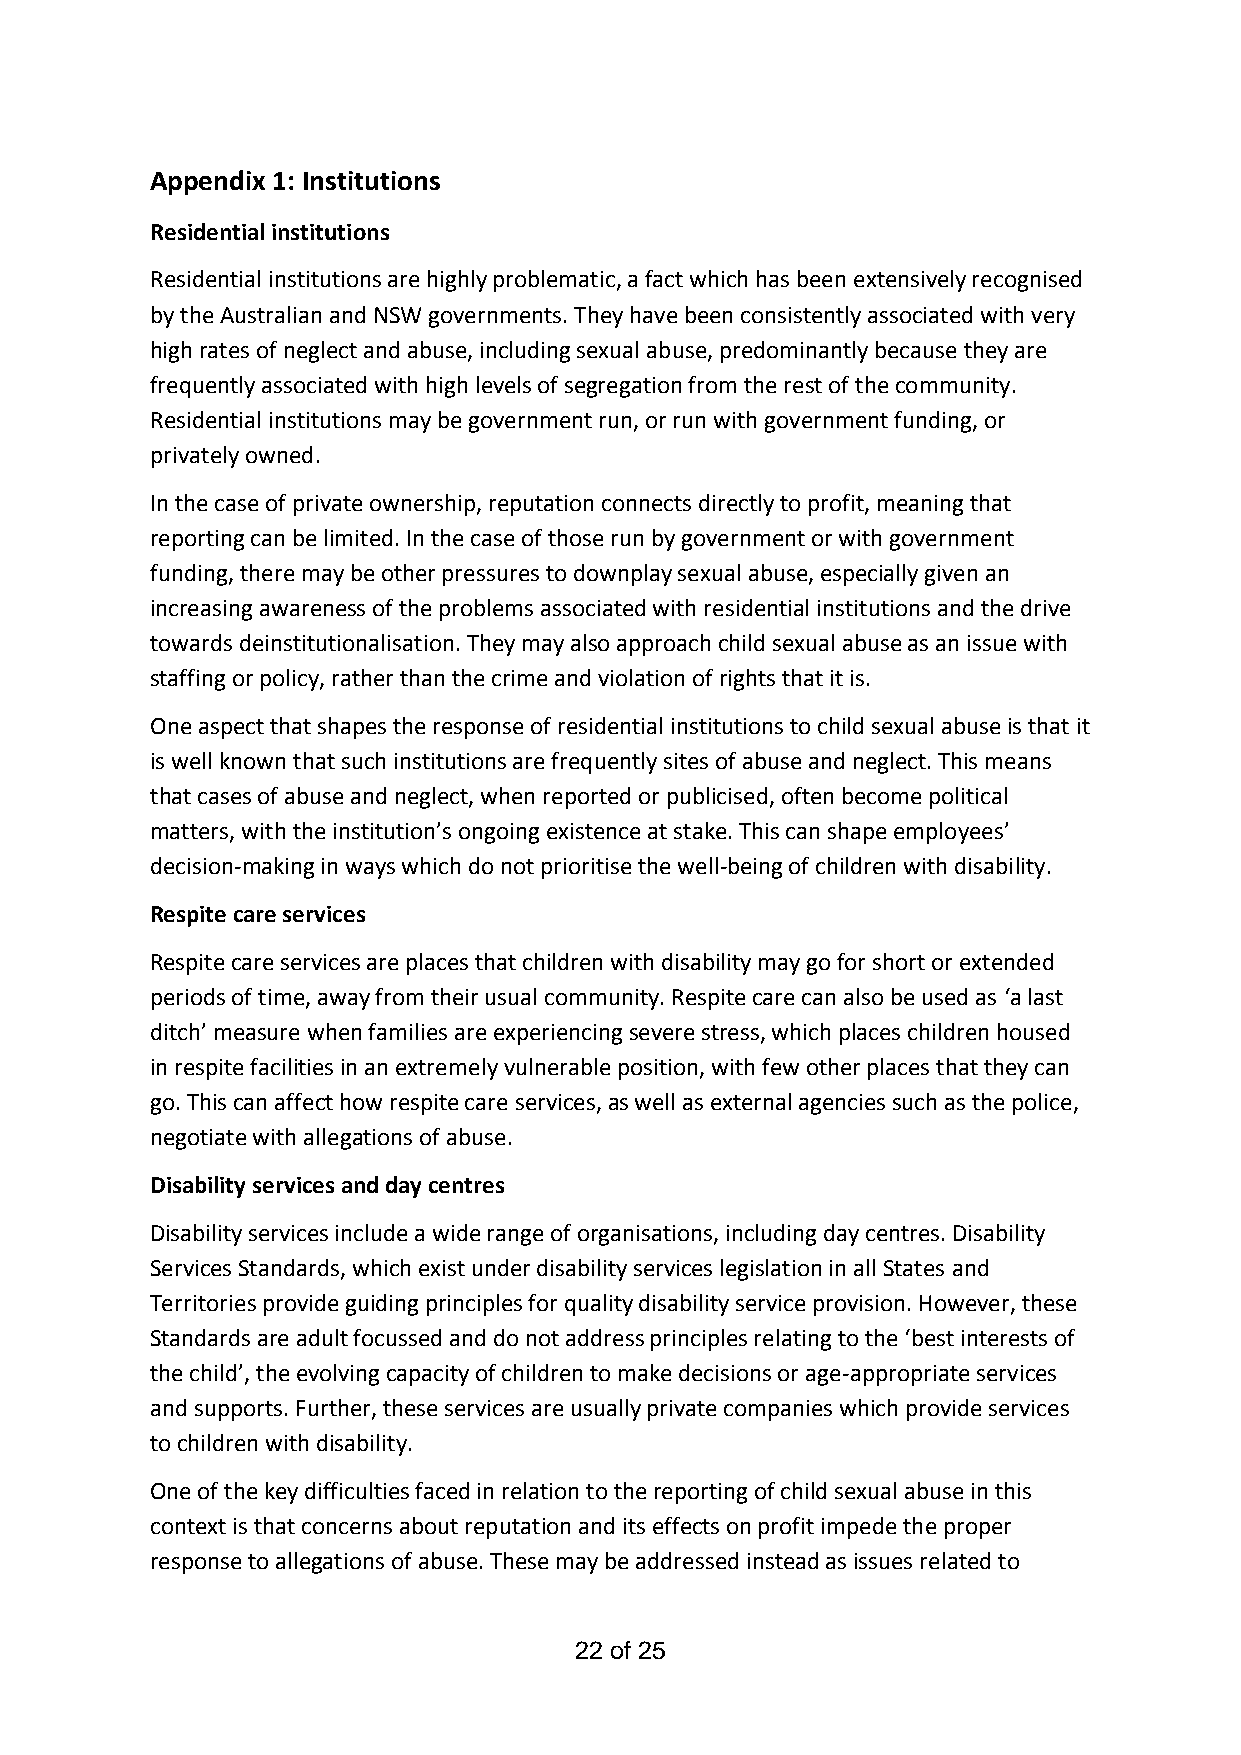
Appendix 1: Institutions
 Residential institutions
 Residential institutions are highly problematic, a fact which has been extensively recognised
 by the Australian and NSW governments. They have been consistently associated with very
 high rates of neglect and abuse, including sexual abuse, predominantly because they are
 frequently associated with high levels of segregation from the rest of the community.
 Residential institutions may be government run, or run with government funding, or
 privately owned.
 In the case of private ownership, reputation connects directly to profit, meaning that
 reporting can be limited. In the case of those run by government or with government
 funding, there may be other pressures to downplay sexual abuse, especially given an
 increasing awareness of the problems associated with residential institutions and the drive
 towards deinstitutionalisation. They may also approach child sexual abuse as an issue with
 staffing or policy, rather than the crime and violation of rights that it is.
 One aspect that shapes the response of residential institutions to child sexual abuse is that it
 is well known that such institutions are frequently sites of abuse and neglect. This means
 that cases of abuse and neglect, when reported or publicised, often become political
 matters, with the institution’s ongoing existence at stake. This can shape employees’
 decision-making in ways which do not prioritise the well-being of children with disability.
 Respite care services
 Respite care services are places that children with disability may go for short or extended
 periods of time, away from their usual community. Respite care can also be used as ‘a last
 ditch’ measure when families are experiencing severe stress, which places children housed
 in respite facilities in an extremely vulnerable position, with few other places that they can
 go. This can affect how respite care services, as well as external agencies such as the police,
 negotiate with allegations of abuse.
 Disability services and day centres
 Disability services include a wide range of organisations, including day centres. Disability
 Services Standards, which exist under disability services legislation in all States and
 Territories provide guiding principles for quality disability service provision. However, these
 Standards are adult focussed and do not address principles relating to the ‘best interests of
 the child’, the evolving capacity of children to make decisions or age-appropriate services
 and supports. Further, these services are usually private companies which provide services
 to children with disability.
 One of the key difficulties faced in relation to the reporting of child sexual abuse in this
 context is that concerns about reputation and its effects on profit impede the proper
 response to allegations of abuse. These may be addressed instead as issues related to
 22 of 25